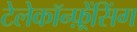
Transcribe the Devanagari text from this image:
टेलेकॉन्फ़्रेंसिंग